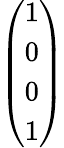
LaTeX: \left(\begin{array}{l}{1}\\ {0}\\ {0}\\ {1}\end{array}\right)